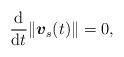
LaTeX: \begin{align*}\frac{{\rm d}}{{\rm d}t}\|\mbox{\mathversion{bold}$v$}_{s}(t)\|=0,\end{align*}